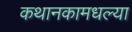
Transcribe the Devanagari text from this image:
कथानकामधल्या